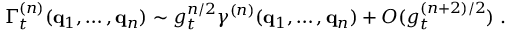
\Gamma _ { t } ^ { ( n ) } ( { \bf { q } } _ { 1 } , \ldots , { \bf { q } } _ { n } ) \sim g _ { t } ^ { n / 2 } \gamma ^ { ( n ) } ( { \bf { q } } _ { 1 } , \ldots , { \bf { q } } _ { n } ) + O ( g _ { t } ^ { ( n + 2 ) / 2 } ) \; .